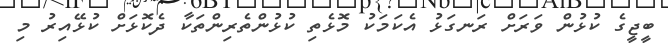
ބީޖީގެ ކުޅުން ވަރަށް ރަނގަޅު އެކަމަކު މޮޅެތި ކުޅުންތެރިންތަކާ ދެކޮޅަށް ކުޅޭއިރު މި